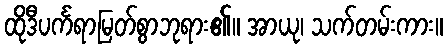
ထိုဒီပင်္ကရာမြတ်စွာဘုရား၏။ အာယု၊ သက်တမ်းကား။